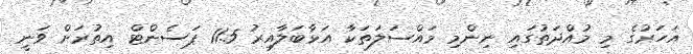
އަހަރުގެ މި މުއްދަތުގައި ނިންމި މައްސަލަތަކާ އަޅާބަލާއިރު 11.5 ޕަސެންޓް އިތުރަށް ވަނީ